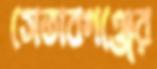
সেতাবগঞ্জের